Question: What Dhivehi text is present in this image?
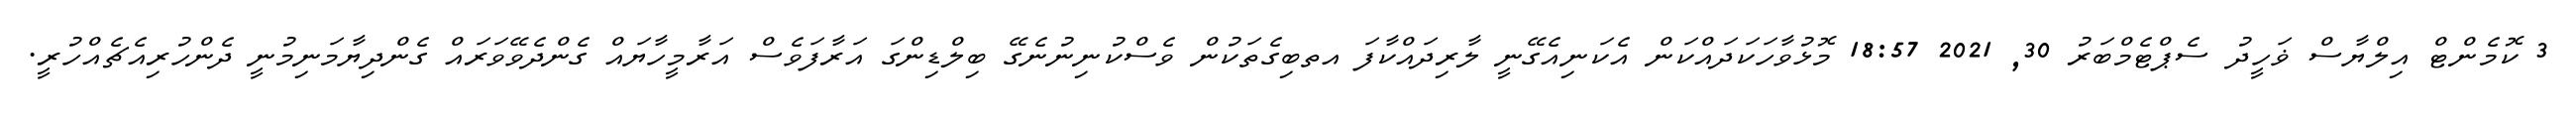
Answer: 3 ކޮމެންޓް އިލްޔާސް ޥަހީދު ސެޕްޓެމްބަރު 30, 2021 18:57 މޮޅުވާހަކަދައްކަން އެކަނިއެގޭނީ ލާރިދައްކާފަ އތބިގެތަކުން ވެސްކުނިނުނެގޭ ބިލްޑިންގަ އަރާފަވެސް އަރާމީހާޔައް ގެންދެވޭވަރައް ގެންދިޔާމަނިމުނީ ދެންހުރިއެޗެއްހުރީ.